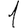
Digit: 1